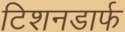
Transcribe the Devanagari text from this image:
टिशनडार्फ